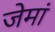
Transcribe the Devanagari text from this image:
जेमां